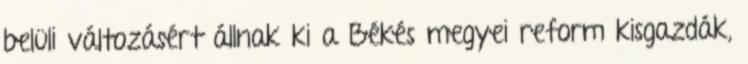
belüli változásért állnak ki a Békés megyei reform kisgazdák,